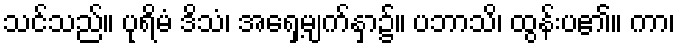
သင်သည်။ ပုရိမံ ဒိသံ၊ အရှေ့မျက်နှာ၌။ ပဘာသိ၊ ထွန်းပ၏။ ကာ၊